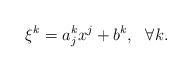
LaTeX: \begin{align*} \xi^k=a^k_jx^j+b^k, \ \ \forall k. \end{align*}